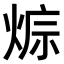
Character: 𤊭